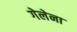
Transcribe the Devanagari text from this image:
गेलेना